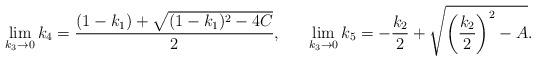
LaTeX: \begin{align*}\lim_{k_3\rightarrow0}k_4=\frac{(1-k_1)+\sqrt{(1-k_1)^2-4C}}{2},\ \ \ \ \ \lim_{k_3\rightarrow0}k_5=-\frac{k_2}{2}+\sqrt{\left(\frac{k_2}{2}\right)^2-A}.\end{align*}